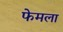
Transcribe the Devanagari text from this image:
फेमला